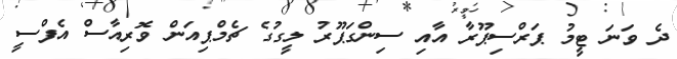
ދެ ވަނަ ޓީމު ޕަރްސިޕޫރާ އާއި ސިންގަޕޫރު ލީގުގެ ޗެމްޕިއަން ވޮރިއާސް އެފްސީ